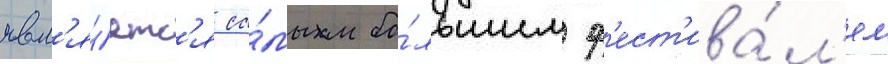
явл'я́етс'я са́мым бо́льшим ф'ест'ива́л'ем